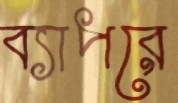
ব্যাপরে